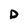
Character: D